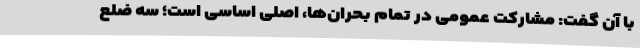
با آن گفت: مشارکت عمومی در تمام بحران‌ها، اصلی اساسی است؛ سه ضلع